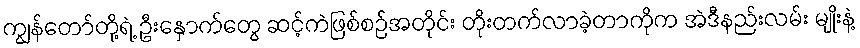
ကျွန်တော်တို့ရဲ့ ဦးနှောက်တွေ ဆင့်ကဲဖြစ်စဉ်အတိုင်း တိုးတက်လာခဲ့တာကိုက အဲဒီနည်းလမ်း မျိုးနဲ့